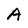
Character: A